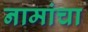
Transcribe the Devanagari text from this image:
नामांचा